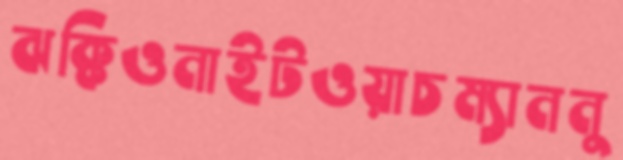
ঝক্কিওনাইটওয়াচম্যাননু